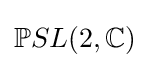
\mathbb {P} SL(2,\mathbb {C} )